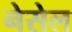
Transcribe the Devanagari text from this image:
नेसेल